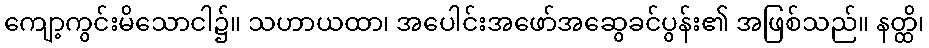
ကျော့ကွင်းမိသောငါ၌။ သဟာယထာ၊ အပေါင်းအဖော်အဆွေခင်ပွန်း၏ အဖြစ်သည်။ နတ္ထိ၊